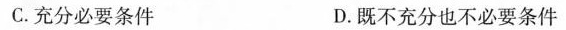
C. 充分必要条件 D. 既不充分也不必要条件